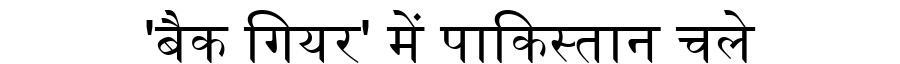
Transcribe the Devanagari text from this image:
'बैक गियर' में पाकिस्तान चले